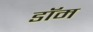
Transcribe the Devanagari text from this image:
डाॅम